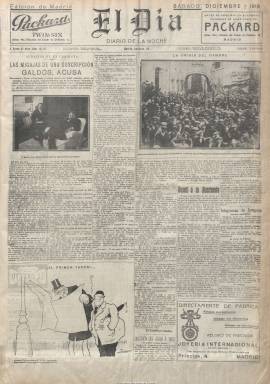
Título: El Día (Madrid. 1916)
Colección: Periódicos
Ámbito geográfico: Madrid
Lugar de publicación: Madrid
Fechas: 02/12/1916-31/12/1919

Es continuación de El día de Madrid (1908-1916), que a la vez lo había sido de la primera época de El día, el periódico fundado en 1880 por Camilo Hurtado de Amézaga (1827-1888), tercer marqués de Riscal. Y aunque continua la serie numérica de ambos, acompaña a su cabecera la indicación de que se trata de su “segunda época”. Empieza ésta a publicarse el dos de diciembre de 1916, con un diseño moderno propio de la prensa de la segunda mitad del siglo veinte, al incorporar la fotografía de actualidad en sus páginas, y al utilizar recursos tipográficos en la titulación y subtitulación de sus textos y secciones. De tendencia monárquica y liberal moderada, venía estando adscrito a la prensa germanófila, habiendo recibido ayuda alemana para la defensa de su causa.

Aunque se declara no adscrito a ningún partido político, pasará a ser órgano del liberal disidente Niceto Alcalá Zamora, que en 1931 será el primer presidente de la II República Española. El propio diario, además de declararse neutralista y radical en sus planteamientos liberales, a partir de 1917 se mostrará contrario al gobierno del conde de Romanones, y en junio de 1919 será acusado por la competencia de apoyar al ministerio de Antonio Maura.

Dirigido por Francisco Gómez Hidalgo, serán redactores-jefe Vicente Ballester Soto y Francisco Espinosa. Resaltan la presencia entre sus colaboradores y redactores de un aliadófilo como Miguel Unamuno, de la condesa Pardo Bazán, José Francos Rodríguez, Manuel Linares Rivas, Antonio Hoyos Vinent, Eduardo Zamacois, Margarita Nelken, Luis López Ballesteros, José Ortega Munilla y su hijo, José Ortega y Gasset, Beatriz Galindo, Rodrigo Soriano, Luis del Val, Tomás Elorrieta, F. Primo de Rivera, José María Carretero, Ramón Gómez de la Serna, Miguel de Castro, Fernando Weyler o J. Millán Astray. Su crítico taurino utilizará el seudónimo de Don Pepe. También publicará Emilio Bobadilla, con el seudónimo Fray Candil, siendo probablemente El Caballero Audaz el seudónimo utilizado por su director. Su gerente, Fernando Melgarejo, pasará a ser presidente del consejo de administración cuando el diario pase a ser propiedad de la empresa editora de La nación.

Como periódico de información general, aumentará sus artículos de fondo, que había casi eliminado en su época anterior, sobre política nacional e internacional, economía, industria, comercio y finanzas, literatura, sociedad, etc. Ofrece información y crónicas de arte, deportes, tribunales, sucesos, espectáculos, teatro, toros, vida política municipal, parlamentaria y gubernamental, noticias telegráficas del extranjero y provincias, cotizaciones de las bolsas españolas, etc. Dispondrá de secciones como ‘La política del día’ o ‘Última hora’, la religiosa y la meteorológica, así como publicidad en todas sus planas, incluso junto a la mancheta de su cabecera, esquelas y anuncios por palabras, desapareciendo de sus páginas el folletín, dedica su última plana a la actualidad gráfica, y utiliza las tiras cómicas de Tovar y otros humoristas y los dibujos de Fresno, entre otros. Sus números varían entre 6 y 4 páginas, impreso a seis columnas. Subtitulado “diario de la noche”, llegó a tirar cuatro ediciones diarias.

Desaparecerá en medio de un ajuste de cuentas entre los diferentes sectores germanófilos del diario, después de la derrota alemana en la primer guerra mundial, no si antes haber mantenido sonadas polémicas con El parlamentario, y haber llegado a cruzarse las espadas entre su gerente y Luis Antón de Olmet, después de haber vivido durante 42 años y haber tirado más de 14.000 números.